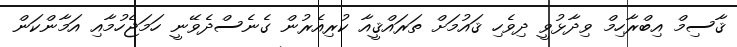
ޤާސިމް އިބްރާހިމް ވިދާޅުވީ ދިވެހި ޤައުމަށް ތަރައްޤީއާ ކުރިއެރުން ގެނެސްދެވޭނީ ހަމަޖެހުމާއި އަމާންކަން